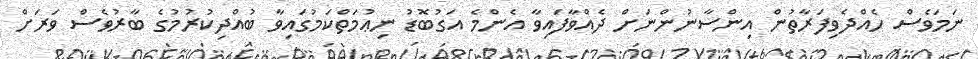
ނަމަވެސް ހެއްދެވިފަރާތުން އިންސާނުންނަށް ދެއްވާފައިވާ އެންމެ އަގުބޮޑު ނިޢުމަތްކަމުގައިވާ ބުއްދިކުރުމުގެ ބާރުވެސް ވަރަށް